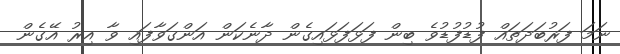
ނަމަ ފަރުބަދަތައް ފުޑުފުޑުވެ ބިން ފަޅަފަޅައިގެން ދާނެކަން އަންގަވާފައި ވާ އިރު އޭގެން